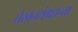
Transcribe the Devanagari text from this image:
लेखनसंग्रहाच्या